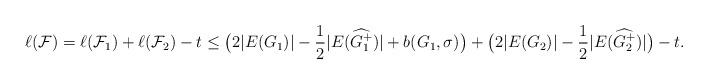
LaTeX: \begin{align*}\ell(\mathcal F)=\ell(\mathcal F_1)+\ell(\mathcal F_2) -t \le \big(2|E(G_1)| -\frac 1 2 |E(\widehat{G_1^+})|+b(G_1,\sigma)\big) +\big(2|E(G_2)|-\frac 1 2 |E(\widehat{G_2^+})|\big )-t.\end{align*}